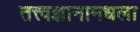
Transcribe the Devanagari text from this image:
तत्त्वज्ञानामधला